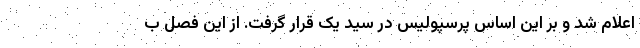
اعلام شد و بر این اساس پرسپولیس در سید یک قرار گرفت. از این فصل ب